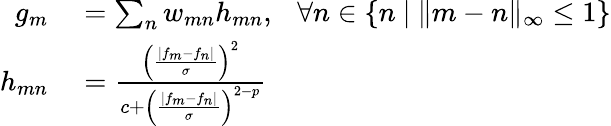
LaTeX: \begin{array}{rl}{g_{m}}&{{}=\sum_{n}w_{mn}h_{mn},~~~\forall n\in\{ n~|~\| m-n\| _{\infty}\le 1\} }\\ {h_{mn}}&{{}=\frac{\left(\frac{\left|f_{m}-f_{n}\right|}{\sigma}\right)^{2}}{c+\left(\frac{\left|f_{m}-f_{n}\right|}{\sigma}\right)^{2-p}}}\end{array}